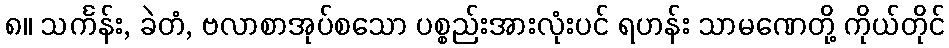
၈။ သင်္ကန်း, ခဲတံ, ဗလာစာအုပ်စသော ပစ္စည်းအားလုံးပင် ရဟန်း သာမဏေတို့ ကိုယ်တိုင်